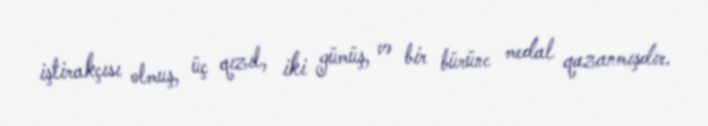
iştirakçısı olmuş, üç qızıl, iki gümüş, və bir bürünc medal qazanmışdır.